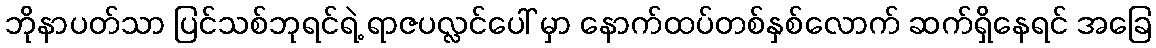
ဘိုနာပတ်သာ ပြင်သစ်ဘုရင်ရဲ့ ရာဇပလ္လင်ပေါ် မှာ နောက်ထပ်တစ်နှစ်လောက် ဆက်ရှိနေရင် အခြေ